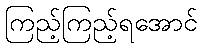
ကြည့်ကြည့်ရအောင်